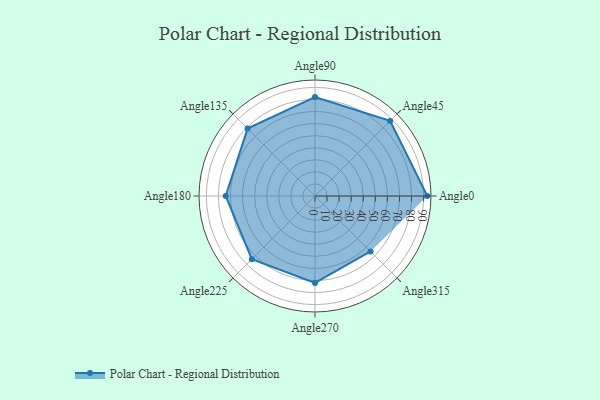
{"axis": {"x": "Angle", "y": "Radius"}, "legend": [""], "data": [{"x": "Angle0", "y": 93.0, "type": ""}, {"x": "Angle45", "y": 88.0, "type": ""}, {"x": "Angle90", "y": 82.0, "type": ""}, {"x": "Angle135", "y": 79.0, "type": ""}, {"x": "Angle180", "y": 74.0, "type": ""}, {"x": "Angle225", "y": 74.0, "type": ""}, {"x": "Angle270", "y": 72.0, "type": ""}, {"x": "Angle315", "y": 65.0, "type": ""}]}